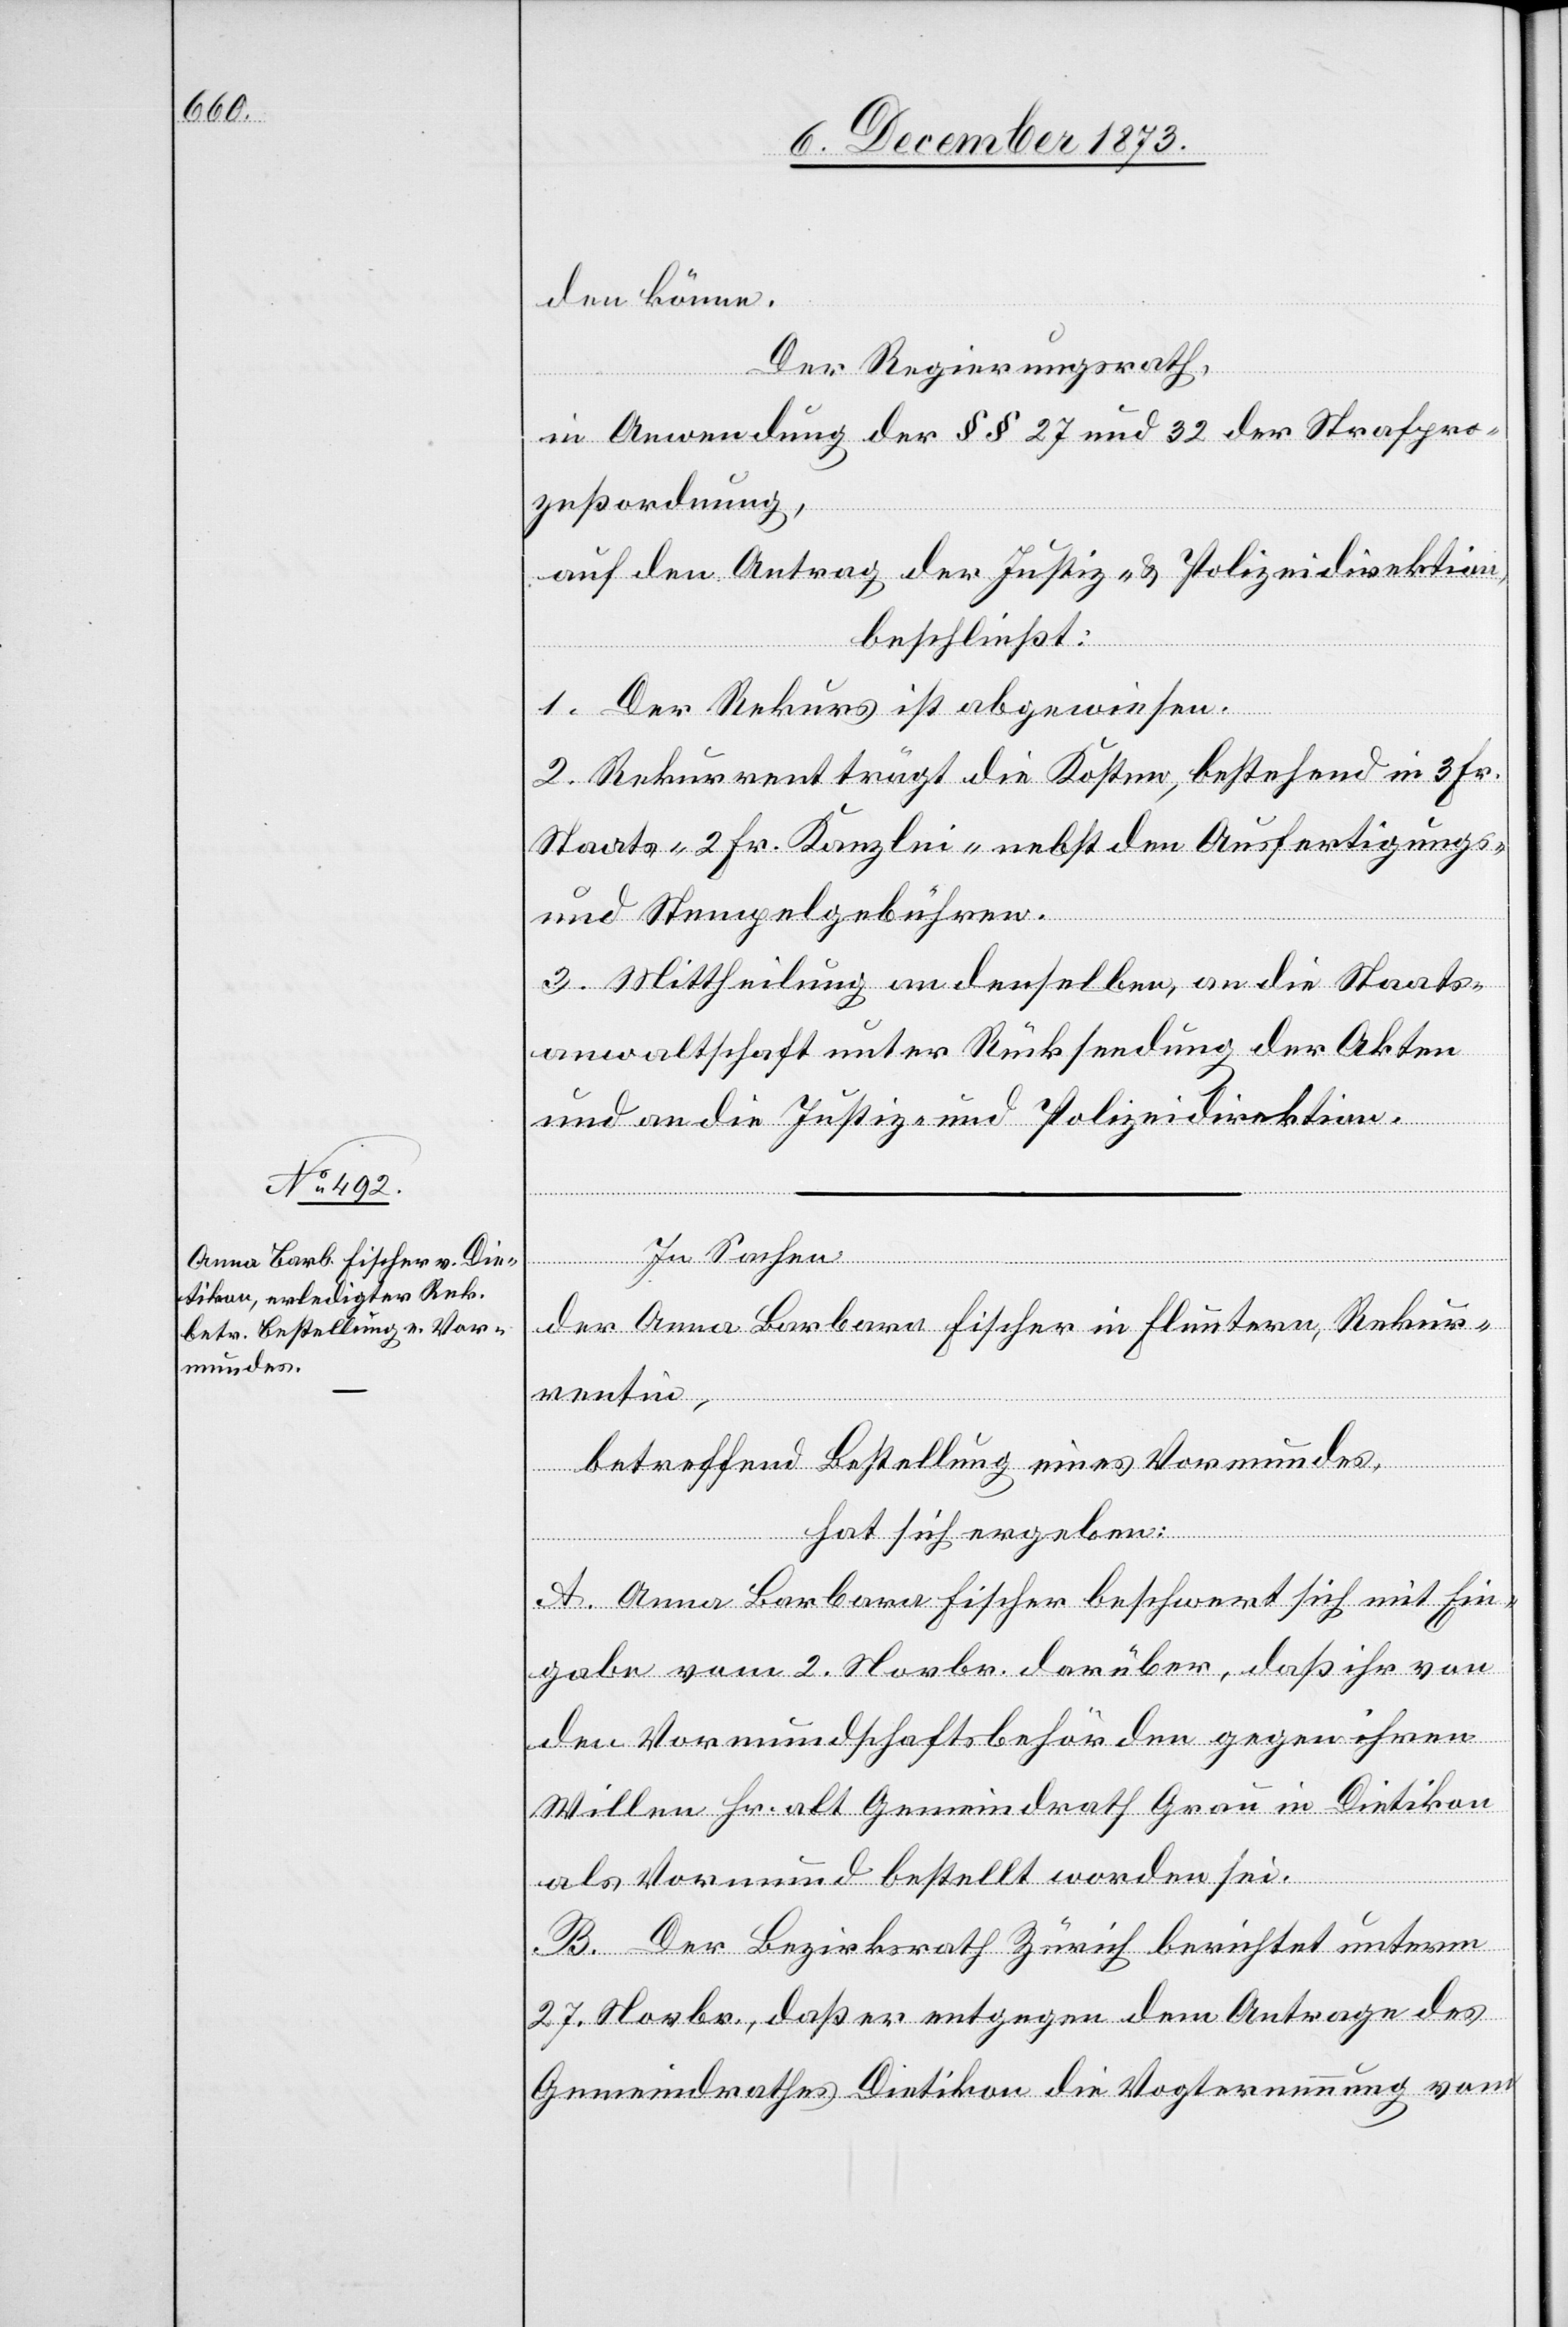
den könne.
Der Regierungsrath,
in Anwendung der §§ 27 und 32 der Strafpro¬
zeßordnung,
auf den Antrag der Justiz- & Polizeidirektion,
beschließt:
1. Der Rekurs ist abgewiesen.
2. Rekurrent trägt die Kosten, bestehend in 3 Fr.
Staats- 2 Fr. Kanzlei- nebst den Ausfertigungs-
und Stempelgebühren.
3. Mittheilung an denselben, an die Staats¬
anwaltschaft unter Rücksendung der Akten
und an die Justiz- und Polizeidirektion.
In Sachen
der Anna Barbara Fischer in Fluntern, Rekur¬
rentin,
betreffend Bestellung eines Vormundes,
hat sich ergeben:
A. Anna Barbara Fischer beschwert sich mit Ein¬
gabe vom 2. Novbr. darüber, daß ihr von
den Vormundschaftsbehörden gegen ihren
Willen Hr. alt Gemeindrath Grau in Dietikon
als Vormund bestellt worden sei.
B. Der Bezirksrath Zürich berichtet unterm
27. Novbr., daß er entgegen dem Antrage des
Gemeindrathes Dietikon die Vogternennung vom